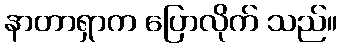
နာတာရှာက ပြောလိုက် သည်။